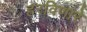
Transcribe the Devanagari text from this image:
हरविणारे